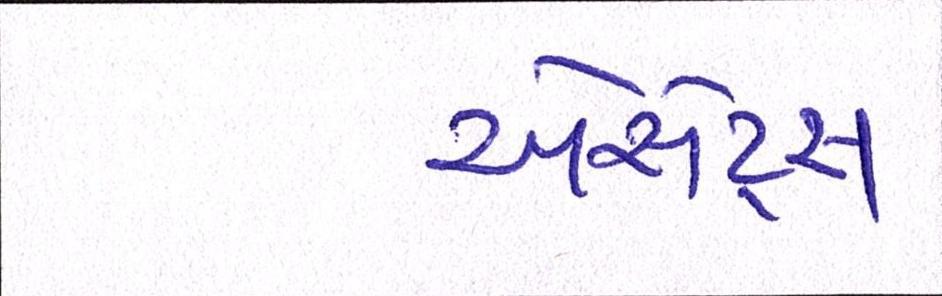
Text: એસેટ્સ